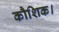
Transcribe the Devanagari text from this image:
कौशिक।